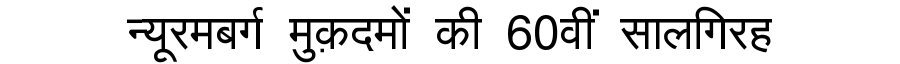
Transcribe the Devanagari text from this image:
न्यूरमबर्ग मुक़दमों की 60वीं सालगिरह